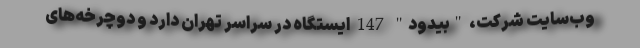
وب‌سایت شرکت، "بیدود" 147 ایستگاه در سراسر تهران دارد و دوچرخه‌های